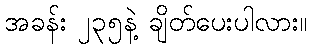
အခန်း ၂၃၅နဲ့ ချိတ်ပေးပါလား။